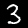
Digit: 3